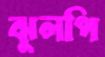
ঝুলপি